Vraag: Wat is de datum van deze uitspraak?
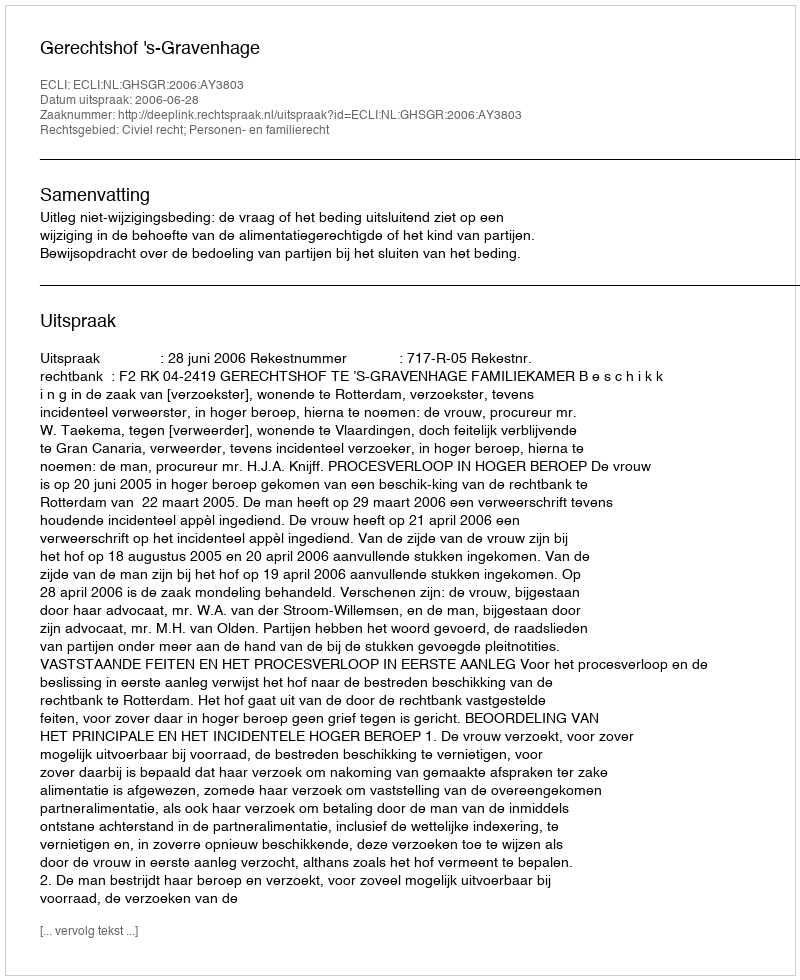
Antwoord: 2006-06-28